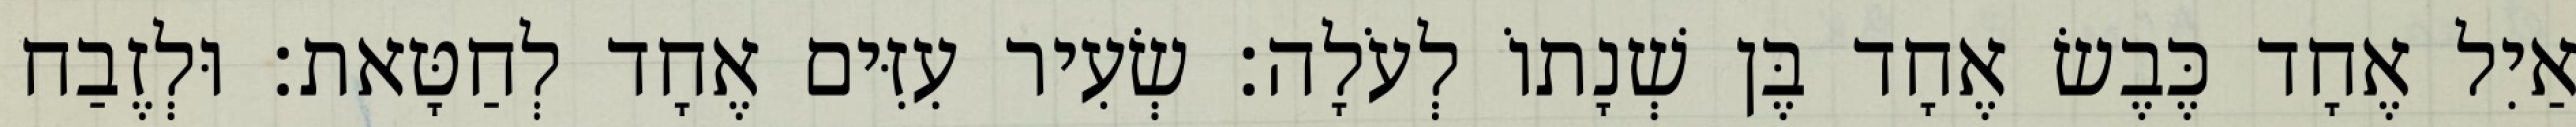
אַיִל אֶחָד כֶּבֶשׂ אֶחָד בֶּן שְׁנָתוֹ לְעֹלָה׃ שְׂעִיר עִזִּים אֶחָד לְחַטָּאת׃ וּלְזֶבַח